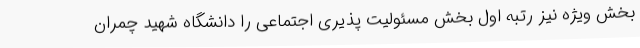
بخش ویژه نیز رتبه اول بخش مسئولیت پذیری اجتماعی را دانشگاه شهید چمران